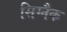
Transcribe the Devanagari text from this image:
सिग्‍नैक